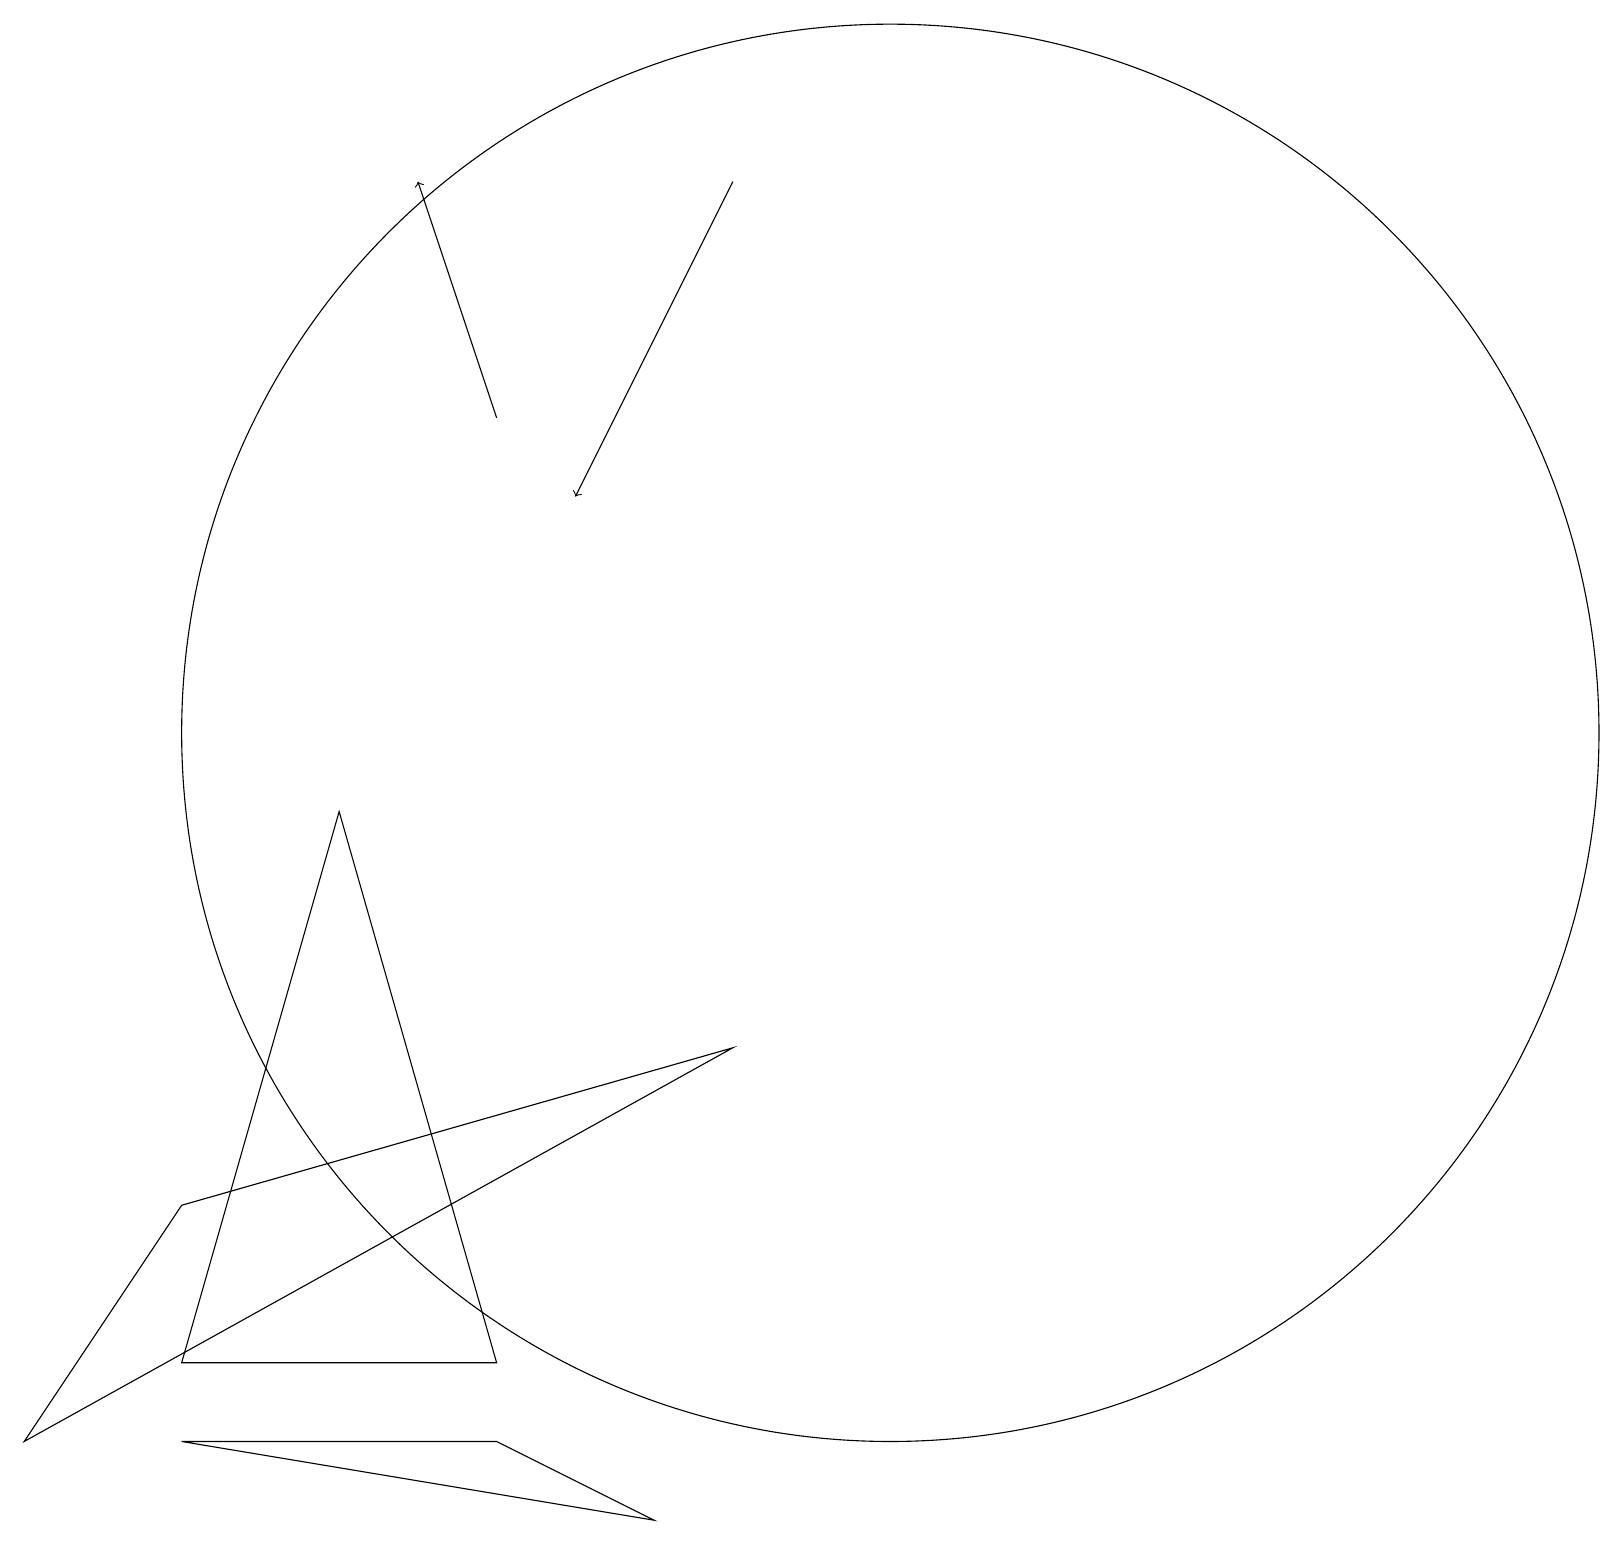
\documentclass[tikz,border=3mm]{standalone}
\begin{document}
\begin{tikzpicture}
\draw (11,10) circle (9);
\draw[->] (6,14) -- (5,17);
\draw[->] (9,17) -- (7,13);
\draw (9,6) -- (0,1) -- (2,4) -- cycle;
\draw (6,2) -- (2,2) -- (4,9) -- cycle;
\draw (6,1) -- (2,1) -- (8,0) -- cycle;
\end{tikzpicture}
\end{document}